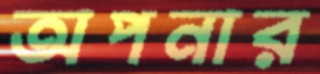
অপনার